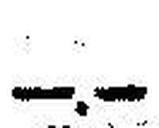
—.—